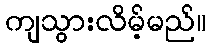
ကျသွားလိမ့်မည်။